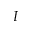
I